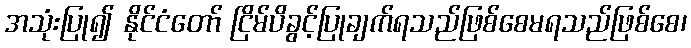
အသုံးပြု၍ နိုင်ငံတော် ငြိမ်ပိခွင့်ပြုချက်ရသည်ဖြစ်စေမရသည်ဖြစ်စေ၊